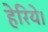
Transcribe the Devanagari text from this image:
हेरिये।